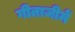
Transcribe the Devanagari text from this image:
गीताजीमें